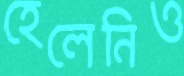
হেলেনিও